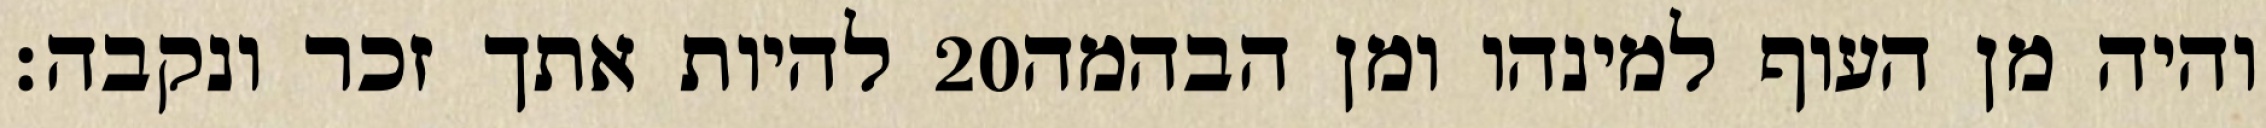
להיות אתך זכר ונקבה׃ ‎20‏ והיה מן העוף למינהו ומן הבהמה